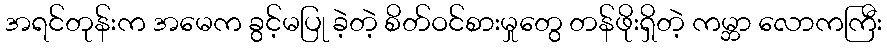
အရင်တုန်းက အမေက ခွင့်မပြု ခဲ့တဲ့ စိတ်ဝင်စားမှုတွေ တန်ဖိုးရှိတဲ့ ကမ္ဘာ လောကကြီး